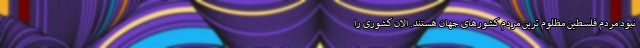
نبود مردم فلسطین مظلوم ترین مردم کشورهای جهان هستند. الان کشوری را